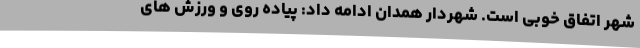
شهر اتفاق خوبی است. شهردار همدان ادامه داد: پیاده روی و ورزش های